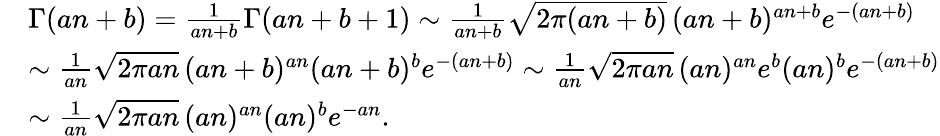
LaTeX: \begin{array}{rl}&{\Gamma(an+b)=\frac{1}{an+b}\Gamma(an+b+1)\sim\frac{1}{an+b}\sqrt{2\pi(an+b)}\, (an+b)^{an+b}e^{-(an+b)}}\\ &{\sim\frac{1}{an}\sqrt{2\pi an}\, (an+b)^{an}(an+b)^{b}e^{-(an+b)}\sim\frac{1}{an}\sqrt{2\pi an}\, (an)^{an}e^{b}(an)^{b}e^{-(an+b)}}\\ &{\sim\frac{1}{an}\sqrt{2\pi an}\, (an)^{an}(an)^{b}e^{-an}.}\end{array}